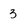
Character: 3